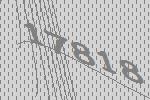
17818